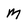
Character: M